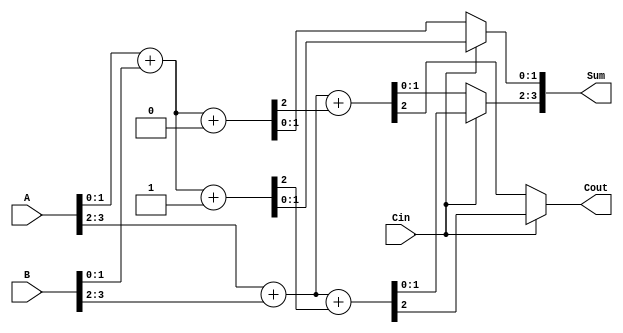
module CarrySelectAdder(
    input [3:0] A,      // 4-bit input A
    input [3:0] B,      // 4-bit input B
    input Cin,          // Carry-in
    output [3:0] Sum,   // 4-bit output Sum
    output Cout         // Carry-out
);

    wire [1:0] S0_block1, S0_block2; // Sums for carry-in = 0
    wire [1:0] S1_block1, S1_block2; // Sums for carry-in = 1
    wire C0_block1, C0_block2;       // Carry-outs for carry-in = 0
    wire C1_block1, C1_block2;       // Carry-outs for carry-in = 1

    // Block 1 (A[1:0], B[1:0])
    assign {C0_block1, S0_block1} = A[1:0] + B[1:0] + 0; // Carry-in = 0
    assign {C1_block1, S1_block1} = A[1:0] + B[1:0] + 1; // Carry-in = 1

    // Block 2 (A[3:2], B[3:2])
    assign {C0_block2, S0_block2} = A[3:2] + B[3:2] + C0_block1; // Carry-in = C0_block1
    assign {C1_block2, S1_block2} = A[3:2] + B[3:2] + C1_block1; // Carry-in = C1_block1

    // Final carry selection logic
    assign Sum[1:0] = Cin ? S1_block1 : S0_block1; // Select sum from Block 1
    assign Sum[3:2] = Cin ? S1_block2 : S0_block2; // Select sum from Block 2
    assign Cout = Cin ? C1_block2 : C0_block2; // Select carry from Block 2

endmodule